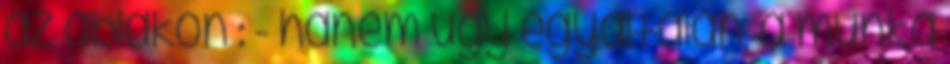
az ablakon : - hanem úgy egyáltalán, a munka